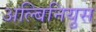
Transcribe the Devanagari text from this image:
अल्बिनियुस